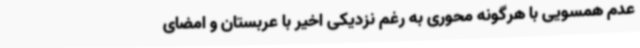
عدم همسویی با هرگونه محوری به رغم نزدیکی اخیر با عربستان و امضای